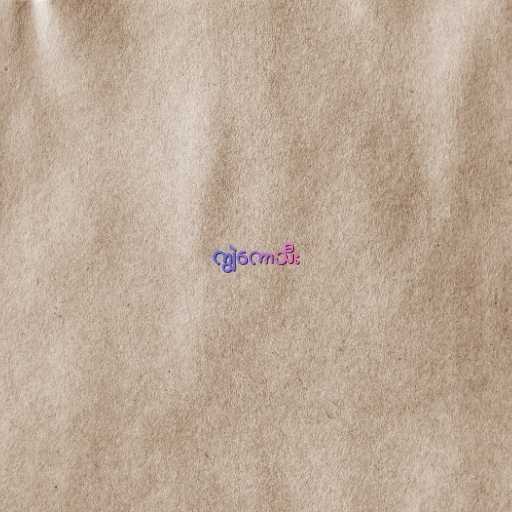
ကျွဲကောသီး